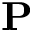
{ \bf P }